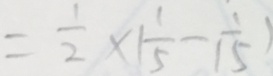
= \frac { 1 } { 2 } \times ( \frac { 1 } { 5 } - \frac { 1 } { 1 5 } )